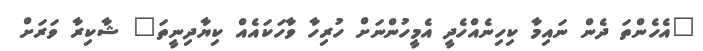
"އެހެންތަ ދެން ނައިމާ ކިހިނެއްހެދީ އެމީހުންނަށް ހުރިހާ ވާހަކައެއް ކިޔާދިނީތަ" ޝާކިރާ ވަރަށް